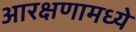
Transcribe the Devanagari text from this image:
आरक्षणामध्ये